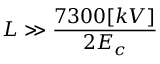
L \gg \frac { 7 3 0 0 [ k V ] } { 2 E _ { c } }